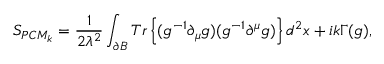
S _ { P C M _ { k } } = \frac { 1 } { 2 \lambda ^ { 2 } } \int _ { \partial { \cal B } } T r \left\{ ( g ^ { - 1 } \partial _ { \mu } g ) ( g ^ { - 1 } \partial ^ { \mu } g ) \right\} d ^ { 2 } x + i k \Gamma ( g ) ,